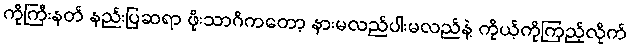
ကိုကြီးနတ် နည်းပြဆရာ ဖိုးသာဂိကတော့ နားမလည်ပါးမလည်နဲ့ ကိုယ့်ကိုကြည့်လိုက်